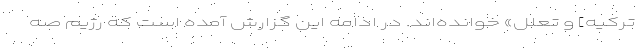
ترکیه] و تعلل» خوانده‌اند. در ادامه این گزارش آمده است که رژیم صه